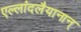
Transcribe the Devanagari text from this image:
एल्लांदलैयानान्